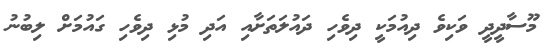
މޫސާދީދީ ވަކިވެ ދިއުމަކީ ދިވެހި ދައުލަތަށާއި އަދި މުޅި ދިވެހި ގައުމަށް ލިބުނު